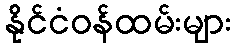
နိုင်ငံဝန်ထမ်းများ